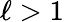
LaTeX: \ell>1